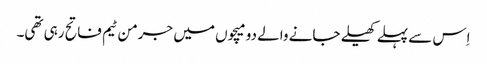
اِس سے پہلے کھیلے جانے والے دو میچوں میں جرمن ٹیم فاتح رہی تھی۔